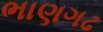
ભાણગઢ